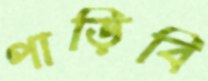
পাড়িবি